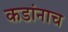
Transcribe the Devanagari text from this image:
कडांनाच